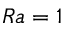
R a = 1